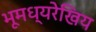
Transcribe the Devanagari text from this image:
भूमध्यरेखिय